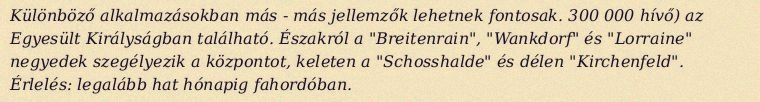
Különböző alkalmazásokban más - más jellemzők lehetnek fontosak. 300 000 hívő) az Egyesült Királyságban található. Északról a "Breitenrain", "Wankdorf" és "Lorraine" negyedek szegélyezik a központot, keleten a "Schosshalde" és délen "Kirchenfeld". Érlelés: legalább hat hónapig fahordóban.